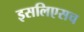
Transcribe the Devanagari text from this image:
इसलिएसच